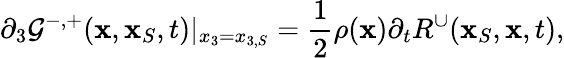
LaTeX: \partial_{3}\mathcal{G}^{-,+}({\mathbf{x}},{\mathbf{x}}_{S},t)|_{x_{3}=x_{3,S}}=\frac{{1}}{{2}}\rho({\mathbf{x}}){\partial_{t}}R^{\cup}({\mathbf{x}}_{S},{\mathbf{x}},t),